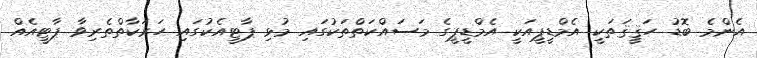
އެންމެ ބޮޑު ހަޤީޤަތަކީ އެމްޑީޕީއަކީ އެމްޑީޕީގެ މަސައްކަތްތަކުގައި މުޅި ޕާޓީއެކުގައި ހަރަކާތްތެރިވާ ޕާޓީއެއް